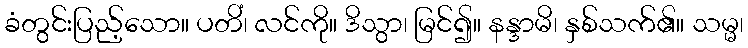
ခံတွင်းပြည့်သော။ ပတိံ၊ လင်ကို။ ဒိသွာ၊ မြင်၍။ နန္ဒာမိ၊ နှစ်သက်၏။ သမ္မ၊